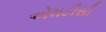
એમટીસી